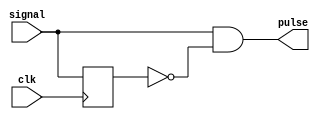
`timescale 1ns / 1ps
// detect the positive edge of a signal, or in our case create a pulse which lasts a single clock cycle when triggered

module pos_edge_detect(
    input signal, // for indiv switches
    input clk,
    output pulse
    );
    reg signal_delay;
    always @ (posedge clk)
        begin
            signal_delay <= signal;
        end
    assign pulse = signal & ~signal_delay;
endmodule